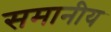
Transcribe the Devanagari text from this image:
समानीय